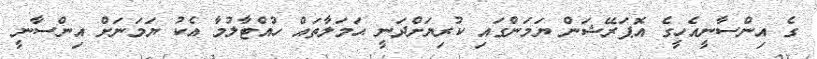
ގެ އިންސާނީއެހީގެ އޮޕަރޭޝަން ޔަމަންގައި ކުރިޔަށްދަނީ ޙަމަލާތައް ހުއްޓާލުމާ އެކު ޔަމަނަށް އިންސާނީ